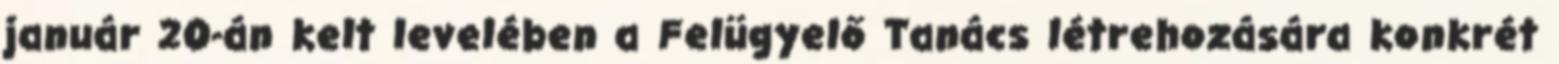
január 20-án kelt levelében a Felügyelő Tanács létrehozására konkrét